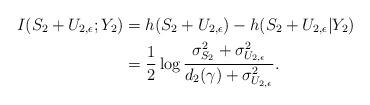
LaTeX: \begin{align*}I(S_2+U_{2,\epsilon};Y_2)&=h(S_2+U_{2,\epsilon})-h(S_2+U_{2,\epsilon}|Y_2)\\&=\frac{1}{2}\log\frac{\sigma^2_{S_2}+\sigma^2_{U_{2,\epsilon}}}{d_2(\gamma)+\sigma^2_{U_{2,\epsilon}}}.\end{align*}